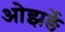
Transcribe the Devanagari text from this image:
ओझर्ङे